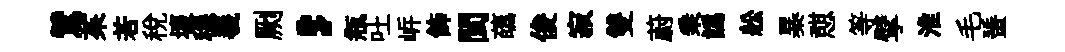
鷥茱若税壞穩羲劂，瓶吐㟁飾閩蘤俊寂雙蔚乗譌舩暴憇等擘淮毛蜑